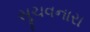
સૂચવનારા